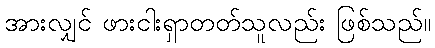
အားလျှင် ဖားငါးရှာတတ်သူလည်း ဖြစ်သည်။